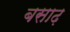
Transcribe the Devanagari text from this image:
बसाढ़